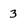
Character: 3